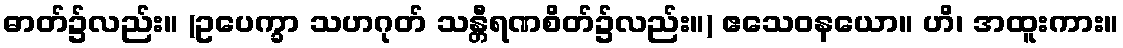
ဓာတ်၌လည်း။ (ဥပေက္ခာ သဟဂုတ် သန္တီရဏစိတ်၌လည်း။) ဧသေဝနယော။ ဟိ၊ အထူးကား။